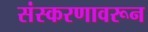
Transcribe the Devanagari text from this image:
संस्करणावरून